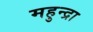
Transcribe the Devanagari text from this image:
महुन्द्रा